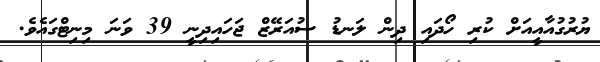
ޔުރުގުއާއީއަށް ކުރި ހޯދައި ދިން ލަނޑު ސުއަރޭޒް ޖަހައިދިނީ 39 ވަނަ މިނިޓްގައެވެ.